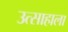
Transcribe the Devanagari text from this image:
उत्साहाला